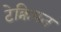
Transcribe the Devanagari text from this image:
टेक्नियन